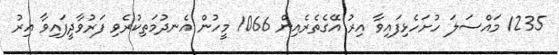
1235 މައްސަލަ ހުށަހެޅިފައިވާ އިރު އޭގެތެރެއިން 1066 މީހުން އެނދުމަތިކުރެވި ފަރުވާދީފައިވާ އިރު